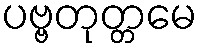
ပဗ္ဗတုတ္တမေ